Civil Veterinary Department Bengal reports 1933-51 - 1933-1951
Year: 1933
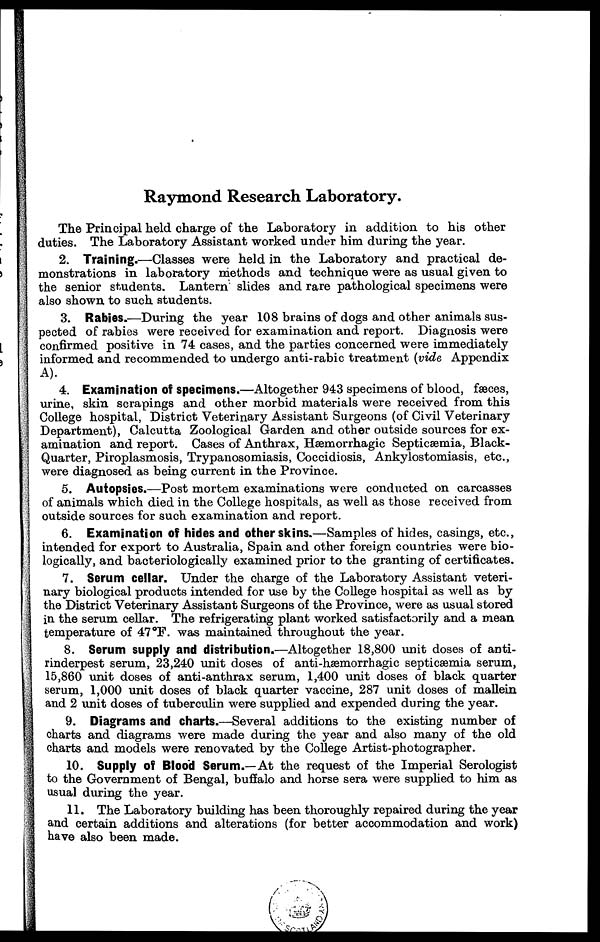
Raymond Research Laboratory.
The Principal held charge of the Laboratory in addition to his other
duties. The Laboratory Assistant worked under him during the year.
2. Training.—Classes were held in the Laboratory and practical de-
monstrations in laboratory methods and technique were as usual given to
the senior students. Lantern slides and rare pathological specimens were
also shown to such students.
3. Rabies.—During the year 108 brains of dogs and other animals sus-
pected of rabies were received for examination and report. Diagnosis were
confirmed positive in 74 cases, and the parties concerned were immediately
informed and recommended to undergo anti-rabic treatment (vide Appendix
A).
4. Examination of specimens.—Altogether 943 specimens of blood, faeces,
urine, skin scrapings and other morbid materials were received from this
College hospital, District Veterinary Assistant Surgeons (of Civil Veterinary
Department), Calcutta Zoological Garden and other outside sources for ex-
amination and report. Cases of Anthrax, Hæmorrhagic Septicæmia, Black-
Quarter, Piroplasmosis, Trypanosomiasis, Coccidiosis, Ankylostomiasis, etc.,
were diagnosed as being current in the Province.
5. Autopsies.—Post mortem examinations were conducted on carcasses
of animals which died in the College hospitals, as well as those received from
outside sources for such examination and report.
6. Examination of hides and other skins.—Samples of hides, casings, etc.,
intended for export to Australia, Spain and other foreign countries were bio-
logically, and bacteriologically examined prior to the granting of certificates.
7. Serum cellar. Under the charge of the Laboratory Assistant veteri-
nary biological products intended for use by the College hospital as well as by
the District Veterinary Assistant Surgeons of the Province, were as usual stored
in the serum cellar. The refrigerating plant worked satisfactorily and a mean
temperature of 47 °F. was maintained throughout the year.
8. Serum supply and distribution.—Altogether 18,800 unit doses of anti-
rinderpest serum, 23,240 unit doses of anti-hæmorrhagic septicæmia serum,
15,860 unit doses of anti-anthrax serum, 1,400 unit doses of black quarter
serum, 1,000 unit doses of black quarter vaccine, 287 unit doses of mallein
and 2 unit doses of tuberculin were supplied and expended during the year.
9. Diagrams and charts.—Several additions to the existing number of
charts and diagrams were made during the year and also many of the old
charts and models were renovated by the College Artist-photographer.
10. Supply of Blood Serum.—At the request of the Imperial Serologist
to the Government of Bengal, buffalo and horse sera were supplied to him as
usual during the year.
11. The Laboratory building has been thoroughly repaired during the year
and certain additions and alterations (for better accommodation and work)
have also been made.